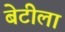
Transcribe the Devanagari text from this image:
बेटीला